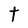
Character: t